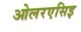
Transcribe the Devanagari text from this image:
ओलरएसिइ